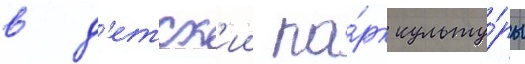
в д'етск'ии па́рк культу́ры